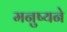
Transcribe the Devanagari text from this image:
मनुष्यने